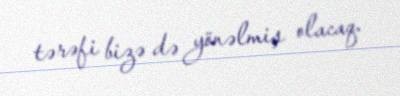
tərəfi bizə də yönəlmiş olacaq.